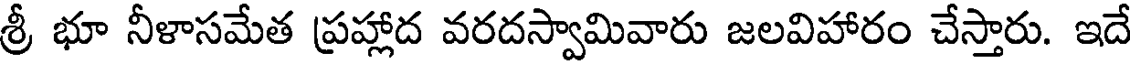
శ్రీ భూ నీళాసమేత ప్రహ్లాద వరదస్వామివారు జలవిహారం చేస్తారు. ఇదే